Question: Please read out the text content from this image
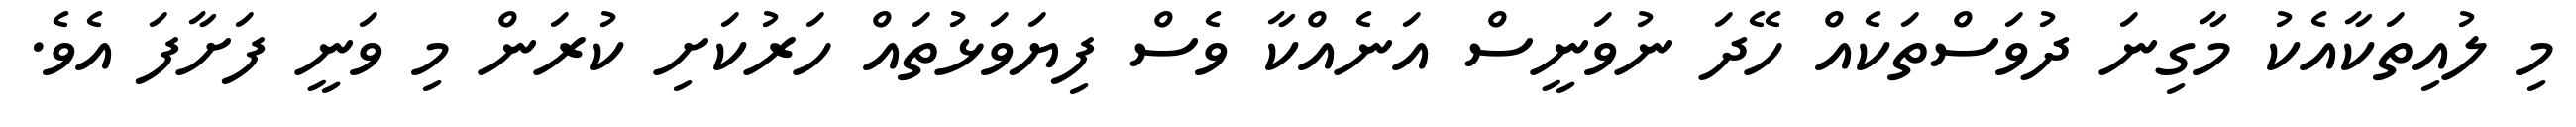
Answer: މި ލުއިތަކާއެކު މާގިނަ ދުވަސްތަކެއް ހޭދަ ނުވަނީސް އަނެއްކާ ވެސް ފިޔަވަޅުތައް ހަރުކަށި ކުރަން މި ވަނީ ފަށާފަ އެވެ.